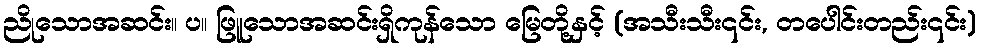
ညိုသောအဆင်း။ ပ။ ဖြူသောအဆင်းရှိကုန်သော မြေတို့နှင့် (အသီးသီး၎င်း, တပေါင်းတည်း၎င်း)